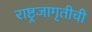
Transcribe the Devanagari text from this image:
राष्ट्रजागृतीची